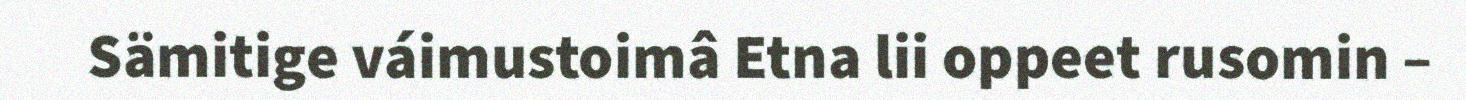
Sämitige váimustoimâ Etna lii oppeet rusomin –